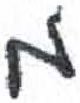
אות: מ